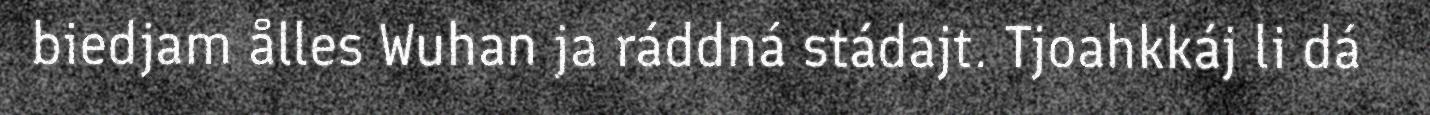
biedjam ålles Wuhan ja ráddná stádajt. Tjoahkkáj li dá